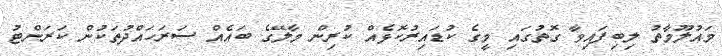
މައުލޫމާތު ލިބިފައިވާ ގޮތުގައި މީގެ ކުޑައިރުކޮޅެއް ކުރިން މާލޭގެ ބައެއް ސަރަހައްދުތަކުން ކަރަންޓު